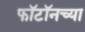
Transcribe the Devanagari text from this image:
फॉटॉनच्या